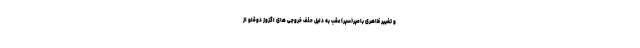
و تغییر ظاهری بامپر(سپر) عقب به دلیل حذف خروجی های اگزوز دوقلو از